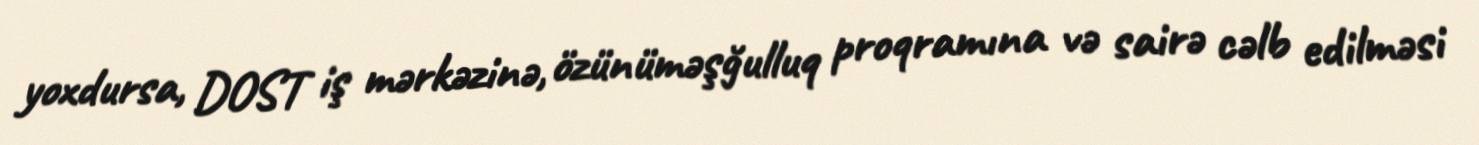
yoxdursa, DOST iş mərkəzinə, özünüməşğulluq proqramına və sairə cəlb edilməsi